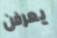
يعرفن